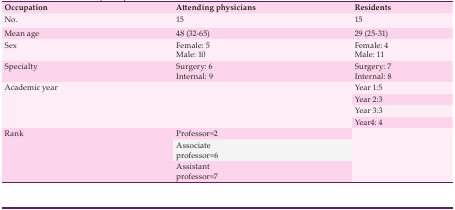
<table><thead><tr><td><b>Occupation</b></td><td><b>Attendingphysicians</b></td><td><b>Residents</b></td></tr></thead><tbody><tr><td><b>No.</b></td><td> 15 </td><td> 15 </td></tr><tr><td><b>Mean age</b></td><td> 48(32-65) </td><td> 29(25-31) </td></tr><tr><td><b>Sex</b></td><td>Female:5 Male:10</td><td>Female:4 Male:11</td></tr><tr><td><b>Specialty</b></td><td>Surgery:6 Internal:9</td><td>Surgery:7 Internal:8</td></tr><tr><td rowspan="4"><b>Academic</b><b>year</b></td><td rowspan="4"></td><td> Year 1:5 </td></tr><tr><td> Year 2:3 </td></tr><tr><td> Year 3:3 </td></tr><tr><td> Year4: 4 </td></tr><tr><td rowspan="3"><b>Rank</b></td><td> Professor=2 </td><td rowspan="3"></td></tr><tr><td>Associate professor=6</td></tr><tr><td>Assistant professor=7</td></tr></tbody></table>